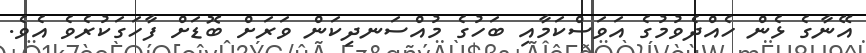
އޭނާގެ ޅެން ހެއްދެވުމުގެ އަވަސްކަމާއި ބަހުގެ މުއްސަނދިކަން ވަރަށް ބޮޑަށް ފާހަގަކުރެވެ އެވެ.